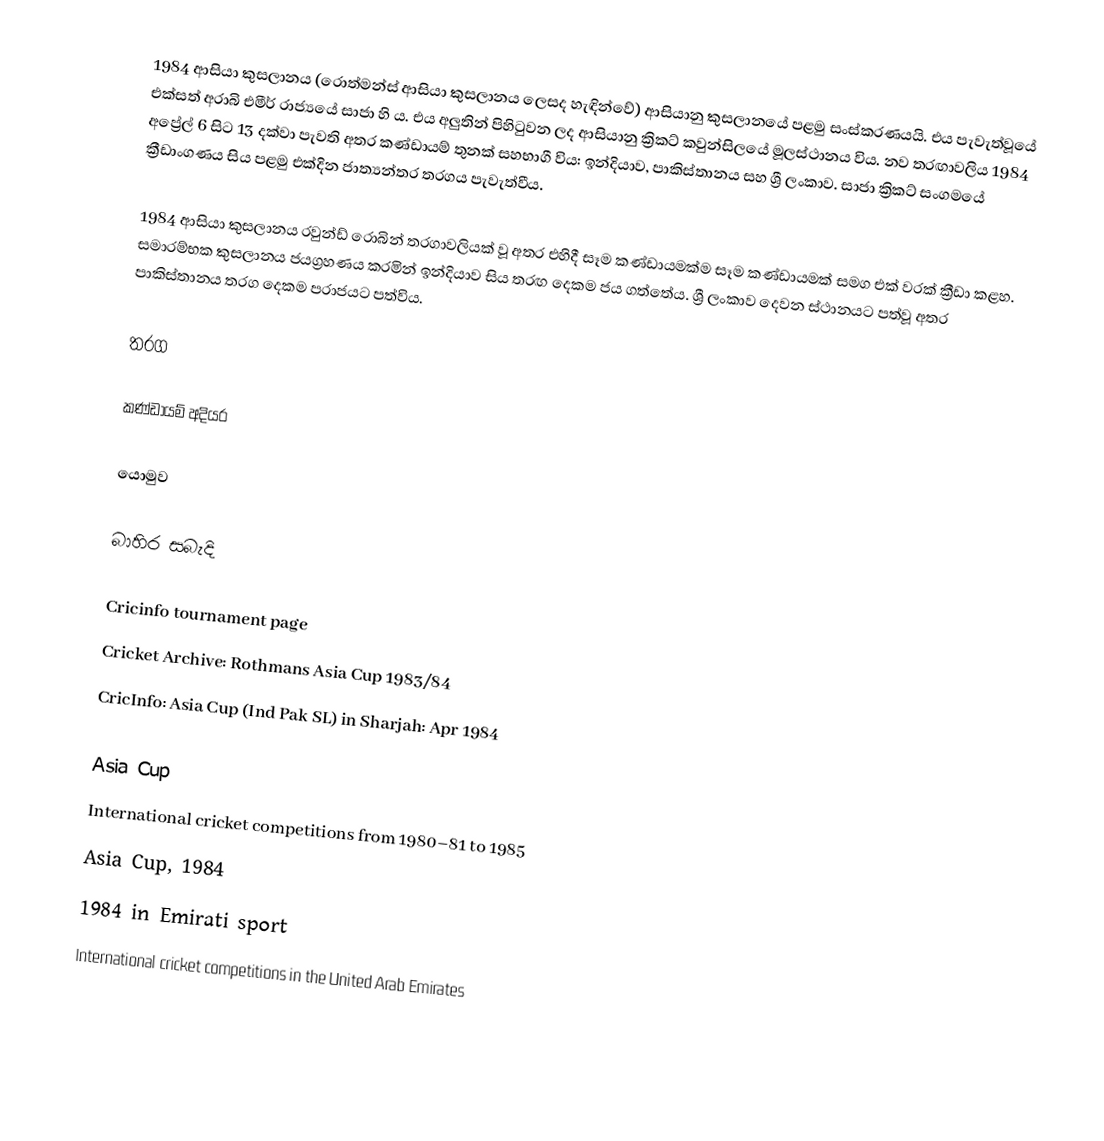
1984 ආසියා කුසලානය (රොත්මන්ස් ආසියා කුසලානය ලෙසද හැඳින්වේ) ආසියානු කුසලානයේ පළමු සංස්කරණයයි. එය පැවැත්වූයේ එක්සත් අරාබි එමීර් රාජ්‍යයේ සාජා හි ය. එය අලුතින් පිහිටුවන ලද ආසියානු ක්‍රිකට් කවුන්සිලයේ මූලස්ථානය විය. නව තරඟාවලිය 1984 අප්‍රේල් 6 සිට 13 දක්වා පැවති අතර කණ්ඩායම් තුනක් සහභාගී විය: ඉන්දියාව, පාකිස්තානය සහ ශ්‍රී ලංකාව. සාජා ක්‍රිකට් සංගමයේ ක්‍රීඩාංගණය සිය පළමු එක්දින ජාත්‍යන්තර තරගය පැවැත්වීය.

1984 ආසියා කුසලානය රවුන්ඩ් රොබින් තරගාවලියක් වූ අතර එහිදී සෑම කණ්ඩායමක්ම සෑම කණ්ඩායමක් සමග එක් වරක් ක්‍රීඩා කළහ. සමාරම්භක කුසලානය ජයග්‍රහණය කරමින් ඉන්දියාව සිය තරඟ දෙකම ජය ගත්තේය. ශ්‍රී ලංකාව දෙවන ස්ථානයට පත්වූ අතර පාකිස්තානය තරග දෙකම පරාජයට පත්විය.

තරග

කණ්ඩායම් අදියර

යොමුව

බාහිර සබැදි

 Cricinfo tournament page
 Cricket Archive: Rothmans Asia Cup 1983/84
 CricInfo: Asia Cup (Ind Pak SL) in Sharjah: Apr 1984

Asia Cup
International cricket competitions from 1980–81 to 1985
Asia Cup, 1984
1984 in Emirati sport
International cricket competitions in the United Arab Emirates